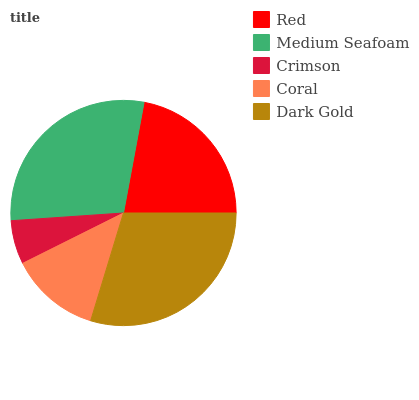
| Red | Medium Seafoam | Crimson | Coral | Dark Gold |
 | --- | --- | --- | --- | --- |
 | 22.1% | 28.9% | 6.28% | 12.9% | 29.7% |